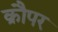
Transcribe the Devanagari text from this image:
क्रौपर